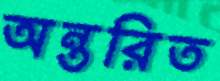
অন্তরিত